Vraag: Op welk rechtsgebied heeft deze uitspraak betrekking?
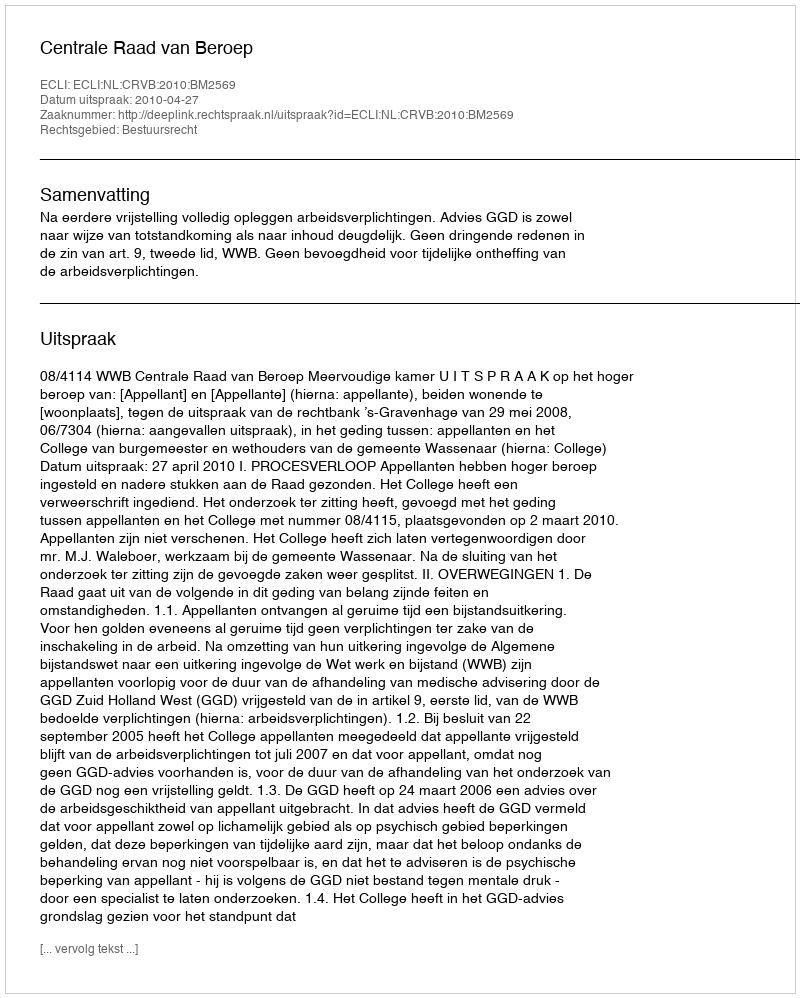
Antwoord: Bestuursrecht